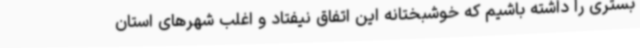
بستری را داشته باشیم که خوشبختانه این اتفاق نیفتاد و اغلب شهرهای استان